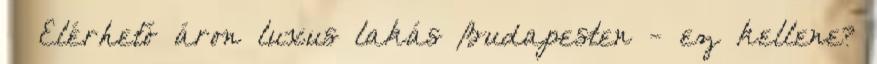
Elérhető áron luxus lakás Budapesten - ez kellene?